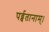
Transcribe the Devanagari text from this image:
पर्व्वतानाम्।